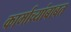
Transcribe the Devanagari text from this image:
कार्माच्र्यांबाबत